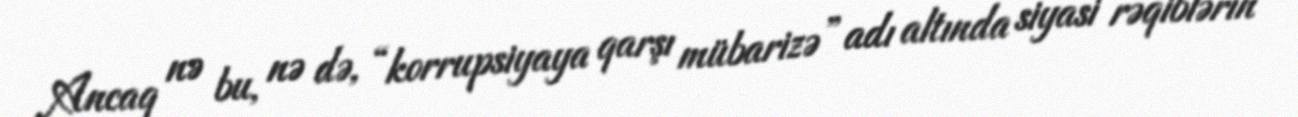
Ancaq nə bu, nə də, “korrupsiyaya qarşı mübarizə” adı altında siyasi rəqiblərin